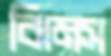
ঝিমস